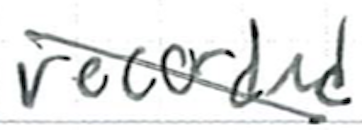
Text: recorded
Cross-out: diagonal
Writing tool: ballpoint